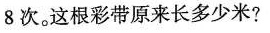
8次。这根彩带原来长多少米?